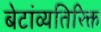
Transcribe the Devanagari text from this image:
बेटांव्यतिरिक्त